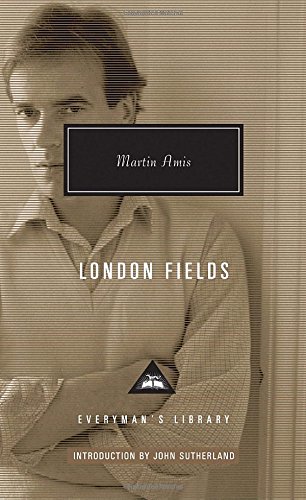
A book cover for London Fields (Everyman's Library (Cloth)); Martin Amis; Humor & Entertainment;